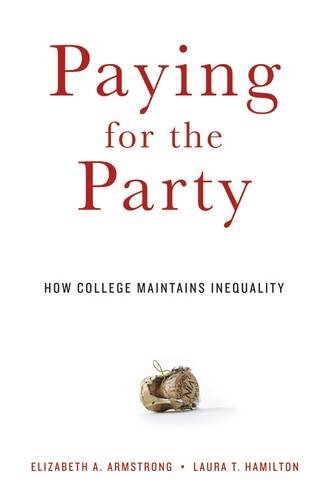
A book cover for Paying for the Party: How College Maintains Inequality; Elizabeth A. Armstrong; Education & Teaching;